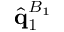
\hat { \mathbf { q } } _ { 1 } ^ { B _ { 1 } }